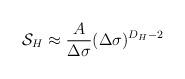
LaTeX: \begin{align*}{\cal S}_H\approx { A\over \Delta\sigma} (\Delta\sigma)^{D_H-2}\end{align*}